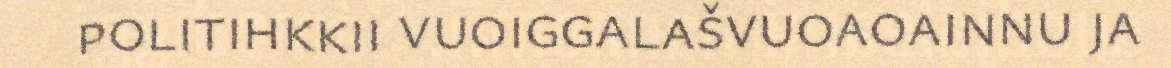
politihkkii vuoiggalašvuoaoainnu ja